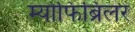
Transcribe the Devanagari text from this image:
म्योफिब्रिलर